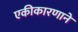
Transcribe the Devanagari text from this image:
एकीकारणाने